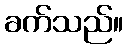
ခက်သည်။